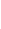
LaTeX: \! \! \! \! \! \! \! \! \! \! \! \varepsilon\! \! \! \! \! \! \! \! \! \! \! \! ^{\! }\! \! \! \! \! \! \! \! \! \! \! *\! \! \! \! \! \! \! \! \! \! \! \! \in\! \! \! \! \! \! \! \! \! \! \! \! (\! \! \! \! \! \! \! \! \! \! \! \! 0\! \! \! \! \! \! \! \! \! \! \! \! ,\! \! \! \! \! \! \! \! \! \! \! \! \overline{\! }\! \! \! \! \! \! \! \! \! \! \! \! \! \! \! \! \! \! \! \! \! \! \! \varepsilon\! \! \! \! \! \! \! \! \! \! \! \! )\! \! \! \! \! \! \! \! \! \! \!